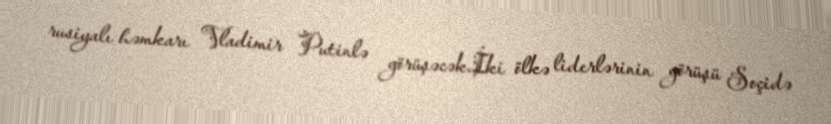
rusiyalı həmkarı Vladimir Putinlə görüşəcək.İki ölkə liderlərinin görüşü Soçidə